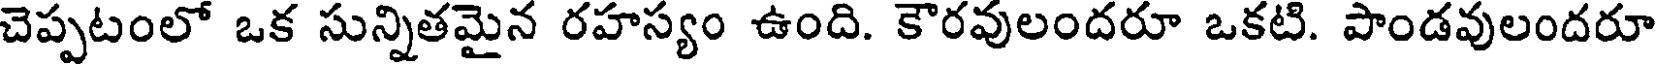
చెప్పటంలో ఒక సున్నితమైన రహస్యం ఉంది. కౌరవులందరూ ఒకటి. పాండవులందరూ